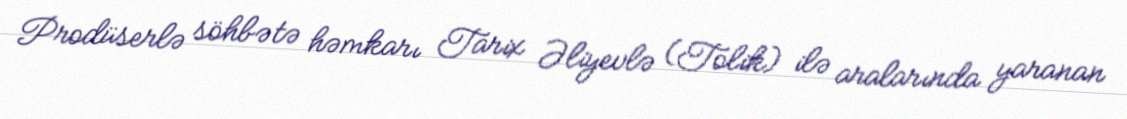
Prodüserlə söhbətə həmkarı Tarix Əliyevlə (Tolik) ilə aralarında yaranan